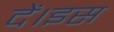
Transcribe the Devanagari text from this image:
दें।इस